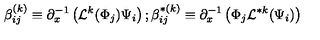
\beta _ { i j } ^ { ( k ) } \equiv \partial _ { x } ^ { - 1 } \left( { \cal L } ^ { k } ( \Phi _ { j } ) \Psi _ { i } \right) ; \beta _ { i j } ^ { * ( k ) } \equiv \partial _ { x } ^ { - 1 } \left( \Phi _ { j } { \cal L } ^ { * k } ( \Psi _ { i } ) \right)